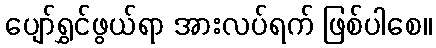
ပျော်ရွှင်ဖွယ်ရာ အားလပ်ရက် ဖြစ်ပါစေ။